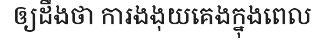
ឲ្យដឹងថា ការងងុយគេងក្នុងពេល